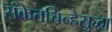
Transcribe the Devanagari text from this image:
संकेतचिन्हेसुद्धा